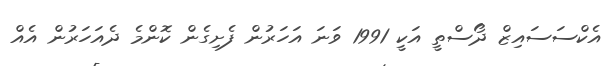
އެކްސަސައިޒް ދޯސްތީ އަކީ 1991 ވަނަ އަހަރުން ފެށިގެން ކޮންމެ ދެއަހަރުން އެއް